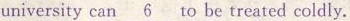
university can\underline{6}to be treated coldly.